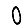
Digit: 0